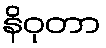
နိဝုတာ